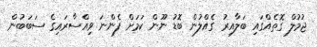
ޖުމުލް ގޮތެއްގައި ބަލާއިރު ގެއްލުން ބޮޑު ނޫން ކަމަށް ފެންނަ ވިއްސާރައިގެ ސަބަބުން